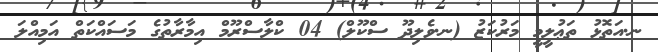
ނ.އަތޮޅު ތަޢުލީމީ މަރުކަޒު (ނ.ވެލިދޫ ސްކޫލް) 04 ކްލާސްރޫމް އިމާރާތުގެ މަސައްކަތް އަމިއްލަ